Indian Medical Review
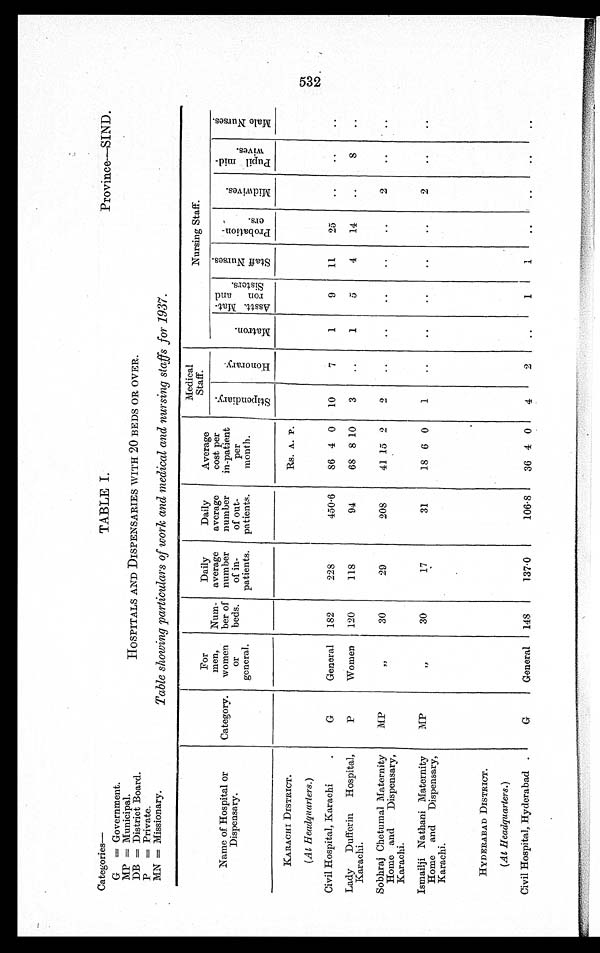
Categories—
TABLE I.
Province—SIND.
G = Government.
MP = Municipal.
HOSPITALS AND DISPENSARIES WITH @) BEDSRVERVER.
DB = District Board.
P = Private.
MN = Missionary.
Table showing particulars of work and medical and nursing staffs for 1937.
Name of Hospital or
Dispensary.
Category.
For
men,
women
or
general.
Num-
her of
beds.
Daily
average
number
of in-
patients.
Daily
average
number
of out-
patients.
Average
cost per
in-patient
per
month.
Medical
Staff.
Nursing Staff.
S t i p e n d i a r y
H o n o r a r y .
M a t r o n
As s t t . Ma t -
r on and
Si st er s.
S t a f f N u r s e s .
P r o b a t i o n - e r s .
M i d w i v e s .
P u p i l m i d - w i v e s .
M a l e N u r s e s .
KARACHI DISTRICT.
Rs. A. P.
(At Headquarters.)
Civil Hospital, Karachi .
G
General
182
2 2 8
450.6
86 4 0
10
7
1
9
11
25
..
..
..
Lady Duff erin Hospital,
Karachi.
P
Women
120
118
94
68 8 10
3
..
1
5
4
14
..
8
..
Sobhraj Chetumal Maternity
Home and Dispensary,
Karachi.
MP
75
30
29
208
41 15 2
2
..
..
..
..
..
2
. .
. .
Ismailji Nathani Maternity
Home and Dispensary,
K a r a c h i .
MP
,,
30
17
31
18 6 0
1
..
..
. .
..
..
2
..
. .
HYDERABAD DISTRICT.
(At Headquarters.)
Civil Hospital, Hyderabad .
G
General
148
137.0
106.8
36 4 0
4
2
..
1
1
..
..
. .
..